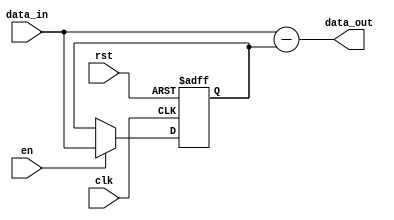
`timescale 1ns / 1ps

module iob_diff
  #(
    parameter DATA_W = 32
    )
   (
    input               clk,
    input               rst,

    input               en,
    input [DATA_W-1:0]  data_in,
    output [DATA_W-1:0] data_out
    );

   reg [DATA_W-1:0]     data_in_reg;
   always @(posedge clk, posedge rst) begin
      if (rst) begin
         data_in_reg <= {DATA_W{1'b0}};
      end else if (en) begin
         data_in_reg <= data_in;
      end
   end

   assign data_out = data_in - data_in_reg;

endmodule